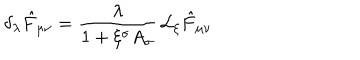
LaTeX: \delta _ { \lambda } \hat { F } _ { \mu \nu } = \frac { \lambda } { 1 + \xi ^ { \sigma } A _ { \sigma } } \, { \cal L } _ { \xi } \hat { F } _ { \mu \nu }